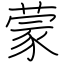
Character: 蒙